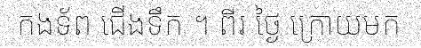
កងទ័ព ជើងទឹក ។ ពីរ ថ្ងៃ ក្រោយមក